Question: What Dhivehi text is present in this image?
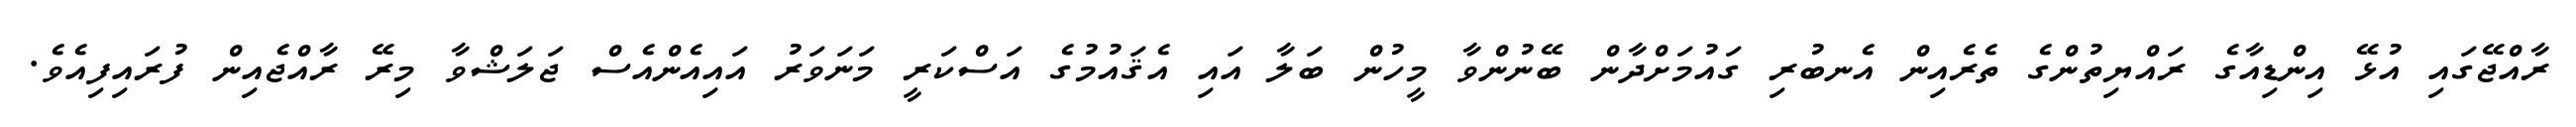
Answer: ރާއްޖޭގައި އުޅޭ އިންޑިއާގެ ރައްޔިތުންގެ ތެރެއިން އެނބުރި ގައުމަށްދާން ބޭނުންވާ މީހުން ބަލާ އައި އެޤައުމުގެ އަސްކަރީ މަނަވަރު އައިއެންއެސް ޖަލަޝްވާ މިރޭ ރާއްޖެއިން ފުރައިފިއެވެ.